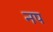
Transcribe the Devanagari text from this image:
नप